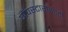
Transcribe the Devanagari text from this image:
पॉपस्टारांसाठी